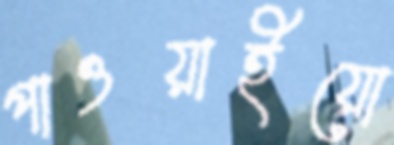
পাওয়াইয়ো